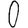
Digit: 0